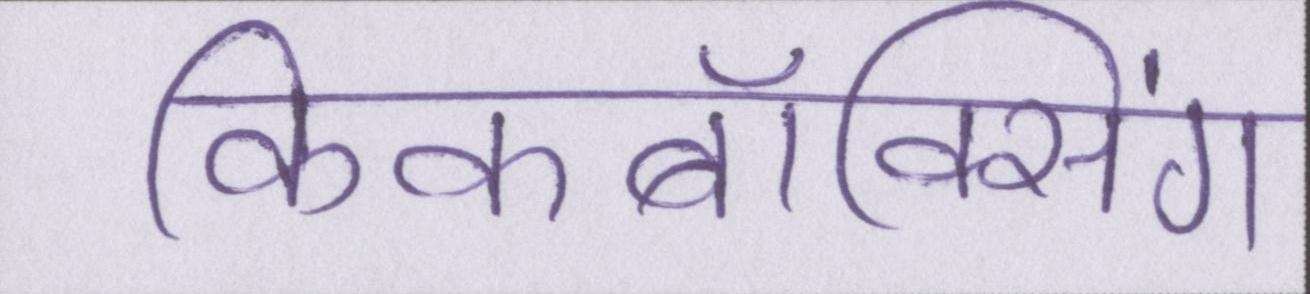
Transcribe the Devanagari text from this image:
किकबॉक्सिंग